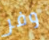
وفر